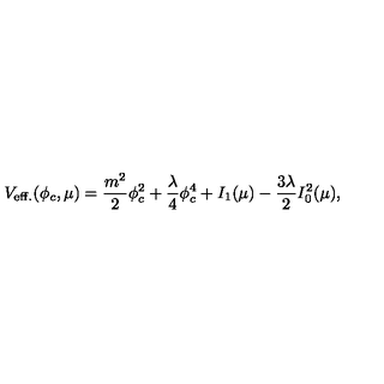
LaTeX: V _ { \mathrm { e f f . } } ( \phi _ { c } , \mu ) = \frac { m ^ { 2 } } { 2 } \phi _ { c } ^ { 2 } + \frac { \lambda } { 4 } \phi _ { c } ^ { 4 } + I _ { 1 } ( \mu ) - \frac { 3 \lambda } { 2 } I _ { 0 } ^ { 2 } ( \mu ) ,